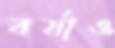
বর্ষাও